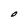
Character: O